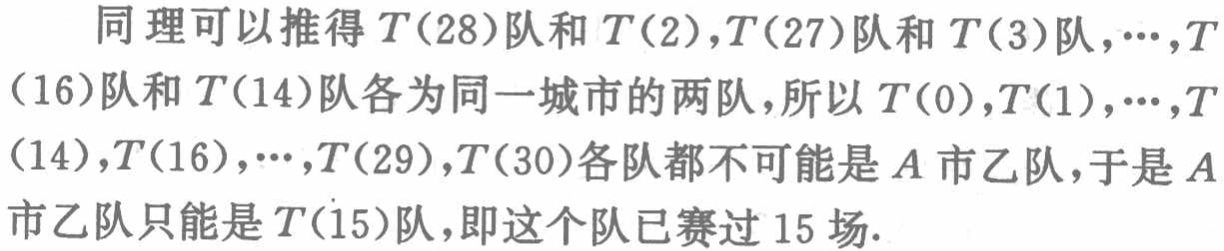
同理可以推得 \(T(28)\)队和 \(T(2)\)，\(T(27)\)队和 \(T(3)\)队，\(\cdots\)，\(T(16)\)队和 \(T(14)\)队各为同一城市的两队，所以 \(T(0)\)，\(T(1)\)，\(\cdots\)，\(T(14)\)，\(T(16)\)，\(\cdots\)，\(T(29)\)，\(T(30)\)各队都不可能是 \(A\)市乙队，于是 \(A\)市乙队只能是 \(T(15)\)队，即这个队已赛过 \(15\)场.